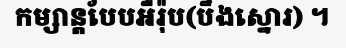
កម្សាន្តបែបអឺរ៉ុប(បឹងស្នោរ) ។